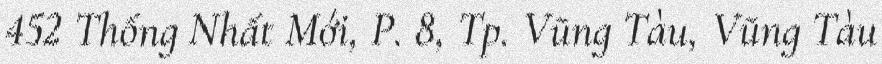
452 Thống Nhất Mới, P. 8, Tp. Vũng Tàu, Vũng Tàu